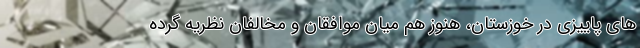
های پاییزی در خوزستان، هنوز هم میان موافقان و مخالفان نظریه گرده